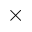
\times